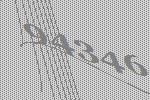
94346